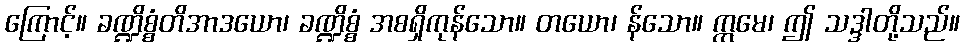
ကြောင့်။ ခဏ္ဍိစ္စံတိအာဒယော၊ ခဏ္ဍိစ္စံ အစရှိကုန်သော။ တယော၊ န်သော။ ဣမေ၊ ဤ သဒ္ဒါတို့သည်။